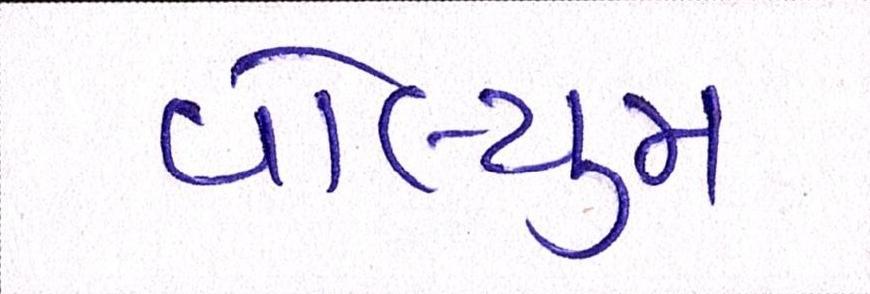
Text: વોલ્યુમ